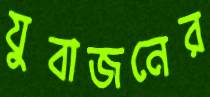
যুবাজনের